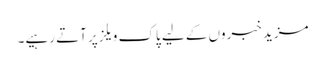
مزید خبروں کے لیے پاک ویلز پر آتے رہیے۔